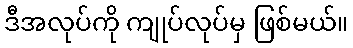
ဒီအလုပ်ကို ကျုပ်လုပ်မှ ဖြစ်မယ်။